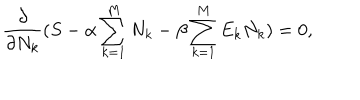
\frac { \partial } { \partial N _ { k } } ( S - \alpha \sum _ { k = 1 } ^ { M } N _ { k } - \beta \sum _ { k = 1 } ^ { M } E _ { k } N _ { k } ) = 0 ,